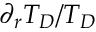
{ \partial _ { r } T _ { D } / T _ { D } }